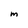
Character: M